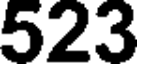
523